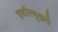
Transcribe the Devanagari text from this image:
इवॉल्यूश्नरी